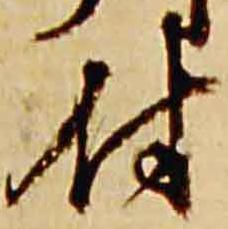
付